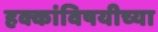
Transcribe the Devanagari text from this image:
हक्कांविषयीच्या